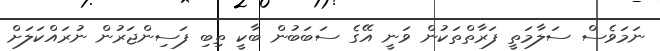
ނަމަވެސް ސަލާމަތީ ފަރާތްތަކުން ވަނީ އޭގެ ސަބަބުން ބާކީ ތިބި ފަސިންޖަރުން ނުރައްކަލަށް